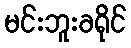
မင်းဘူးခရိုင်